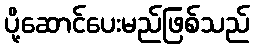
ပို့ဆောင်ပေးမည်ဖြစ်သည်